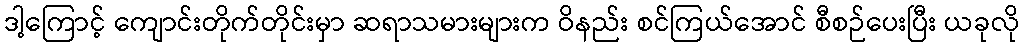
ဒါ့ကြောင့် ကျောင်းတိုက်တိုင်းမှာ ဆရာသမားများက ဝိနည်း စင်ကြယ်အောင် စီစဉ်ပေးပြီး ယခုလို